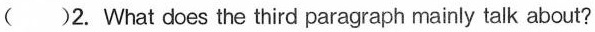
( )2. What does the third paragraph mainly talk about?